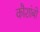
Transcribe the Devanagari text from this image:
कौशांबों